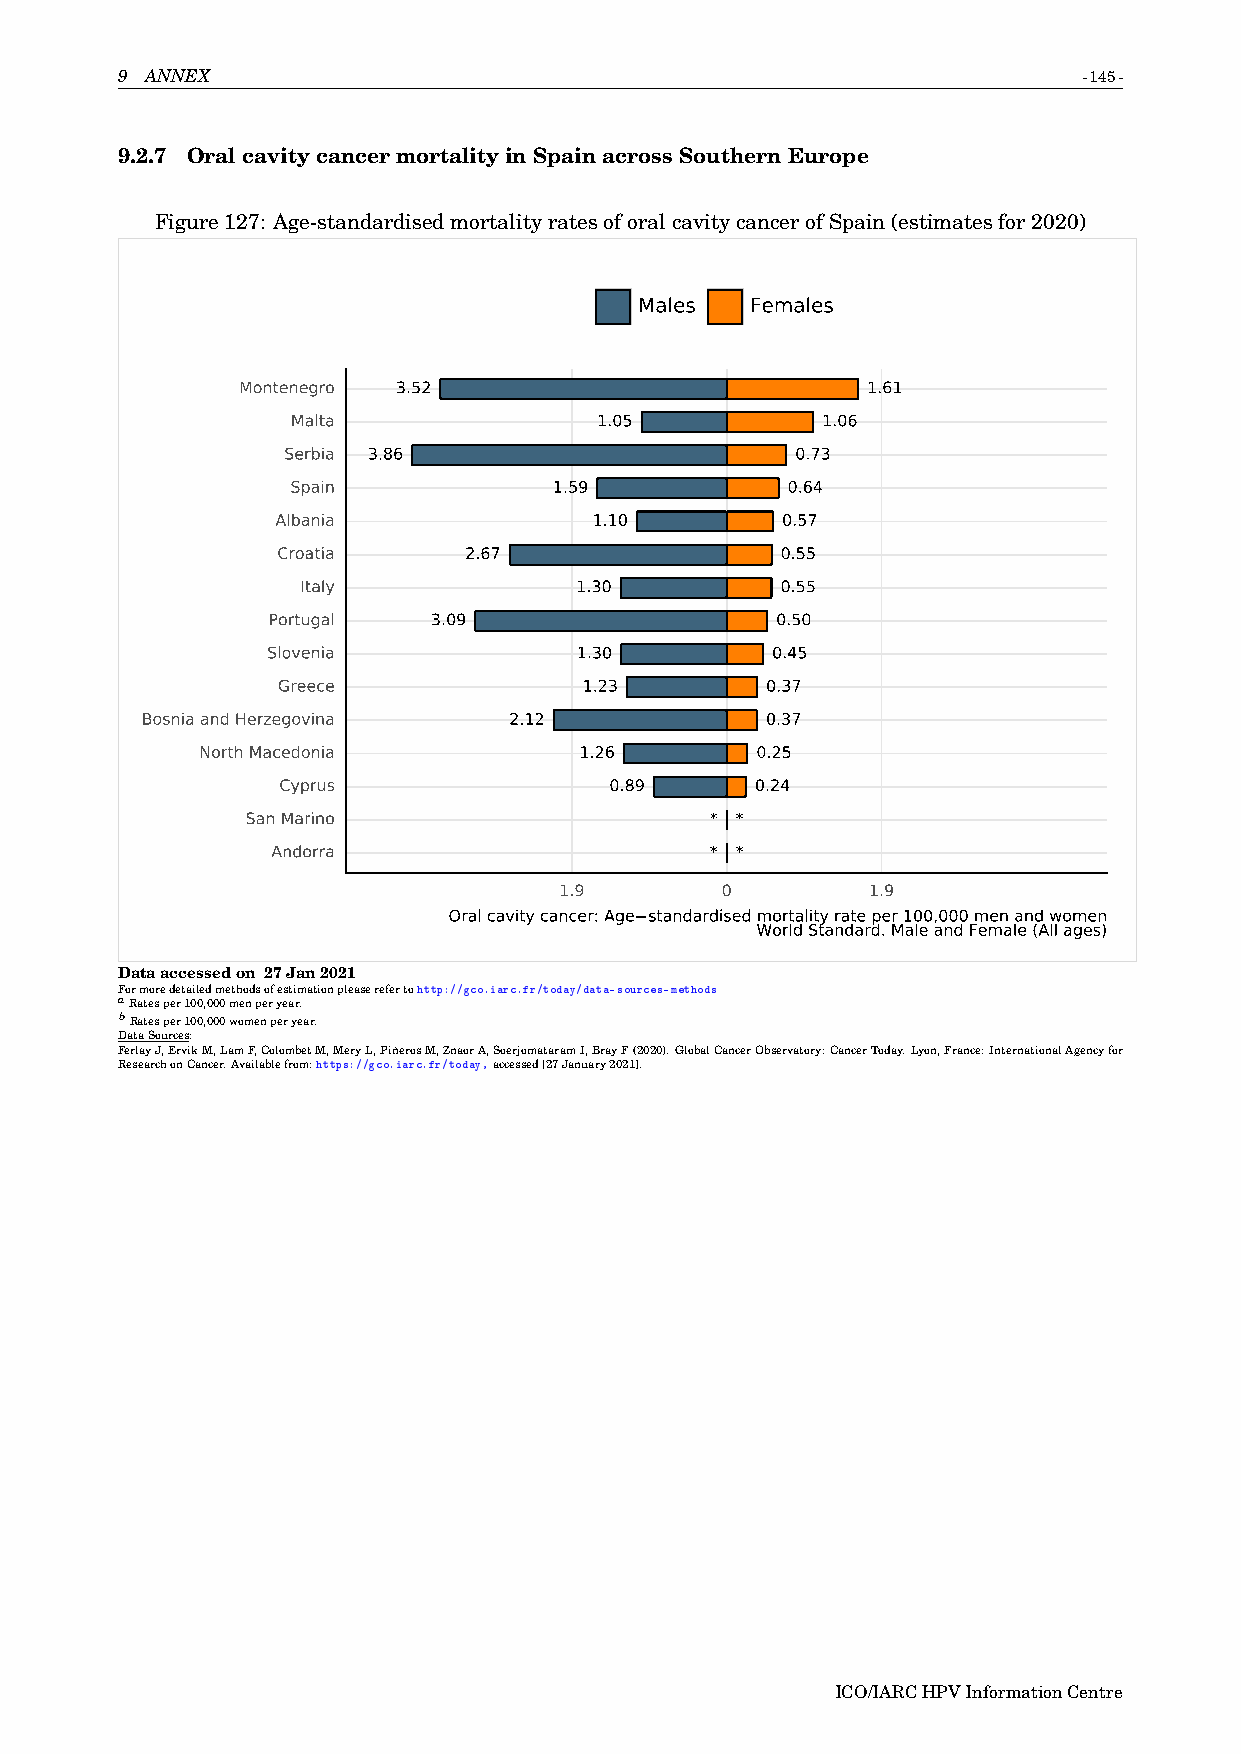
9 ANNEX                                                         -145-
 9.2.7 OralcavitycancermortalityinSpainacrossSouthernEurope
 Figure127: Age-standardisedmortalityratesoforalcavitycancerofSpain(estimatesfor2020)
 Males   Females
 Montenegro 3.52                          1.61
 Malta                1.05          1.06
 Serbia 3.86                       0.73
 Spain             1.59           0.64
 Albania              1.10         0.57
 Croatia      2.67                 0.55
 Italy             1.30          0.55
 Portugal   3.09                  0.50
 Slovenia            1.30         0.45
 Greece               1.23        0.37
 Bosnia and Herzegovina   2.12             0.37
 North Macedonia          1.26        0.25
 Cyprus                0.89      0.24
 San Marino                     * *
 Andorra                      * *
 1.9        0        1.9
 Oral cavity cancer: Age standardised mortality rate per 100,000 men and women
 World Standard. Male and Female (All ages)
 Dataaccessedon 27Jan2021
 Formoredetailedmethodsofestimationpleaserefertohttp://gco.iarc.fr/today/data-sources-methods
 aRatesper100,000menperyear.
 bRatesper100,000womenperyear.
 DataSources:
 FerlayJ,ErvikM,LamF,ColombetM,MeryL,PiñerosM,ZnaorA,SoerjomataramI,BrayF(2020).GlobalCancerObservatory:CancerToday.Lyon,France:InternationalAgencyfor
 ResearchonCancer.Availablefrom:https://gco.iarc.fr/today,accessed[27January2021].
 ICO/IARCHPVInformationCentre